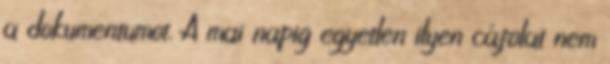
a dokumentumot. A mai napig egyetlen ilyen cáfolat nem